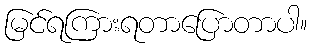
မြင်ရကြားရတာပြောတာပါ။